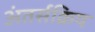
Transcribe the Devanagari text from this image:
अंतर्सक्रिय